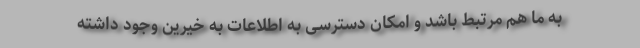
به ما هم مرتبط باشد و امکان دسترسی به اطلاعات به خیرین وجود داشته